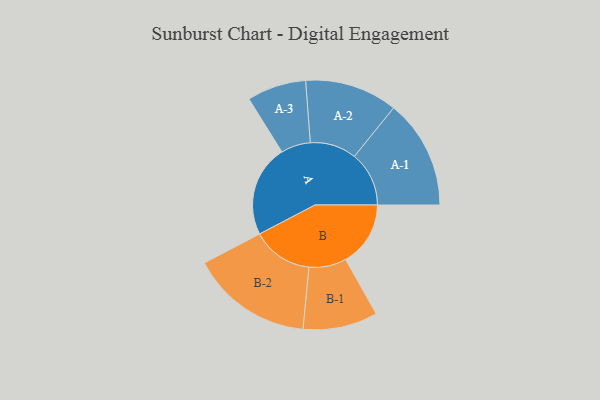
{"axis": {"x": "Segment", "y": "Value"}, "legend": ["", "A", "B"], "data": [{"x": "A", "y": 366, "type": ""}, {"x": "B", "y": 259, "type": ""}, {"x": "A-1", "y": 218, "type": "A"}, {"x": "A-2", "y": 185, "type": "A"}, {"x": "A-3", "y": 118, "type": "A"}, {"x": "B-1", "y": 149, "type": "B"}, {"x": "B-2", "y": 243, "type": "B"}]}